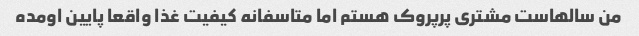
من سالهاست مشتری پرپروک هستم اما متاسفانه کیفیت غذا واقعا پایین اومده